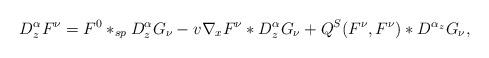
LaTeX: \begin{align*}D^{\alpha}_zF^{\nu}=F^0\ast_{sp}D^{\alpha}_zG_{\nu}-v\nabla_xF^{\nu}\ast D^{\alpha}_zG_{\nu}+Q^S(F^{\nu},F^{\nu})\ast D^{\alpha_z}G_{\nu},\end{align*}